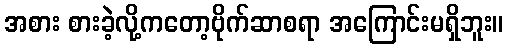
အစား စားခဲ့လို့ကတော့ဗိုက်ဆာစရာ အကြောင်းမရှိဘူး။